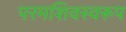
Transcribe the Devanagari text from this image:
परमशिवस्वरूप